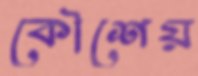
কৌশেয়